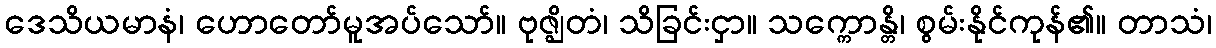
ဒေသိယမာနံ၊ ဟောတော်မူအပ်သော်။ ဗုဇ္ဈိတံ၊ သိခြင်းငှာ။ သက္ကောန္တိ၊ စွမ်းနိုင်ကုန်၏။ တာသံ၊